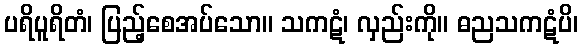
ပရိပူရိတံ၊ ပြည့်စေအပ်သော။ သကဋံ၊ လှည်းကို။ ဓညသကဋံပိ၊